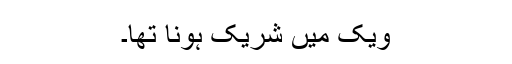
ویک میں شریک ہونا تھا۔